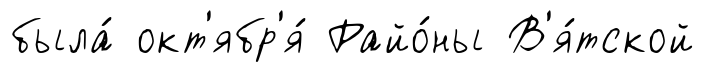
была́ окт'ябр'я́ Райо́ны В'я́тской